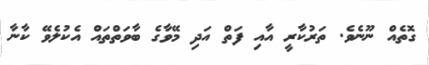
ގޮތެއް ނޫނެވެ. ތަރުކާރީ އާއި ފަތް އަދި މޭވާގެ ބާވަތްތައް އެކުލެވޭ ކާނާ